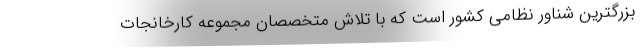
بزرگترین شناور نظامی کشور است که با تلاش متخصصان مجموعه کارخانجات